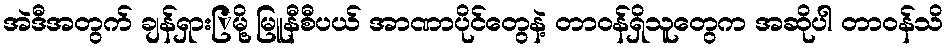
အဲဒီအတွက် ချန်ရှားြမို့ မြူနီစီပယ် အာဏာပိုင်တွေနဲ့ တာဝန်ရှိသူတွေက အဆိုပါ တာဝန်သိ